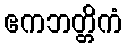
ဧကဘတ္တိကံ